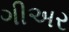
ગીઅર